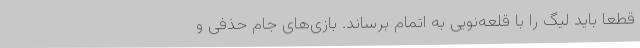
قطعا باید لیگ را با قلعه‌نویی به اتمام برساند. بازی‌های جام حذفی و